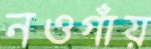
নওগাঁয়